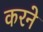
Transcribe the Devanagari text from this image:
करनेे